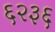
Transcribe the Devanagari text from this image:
६२३६